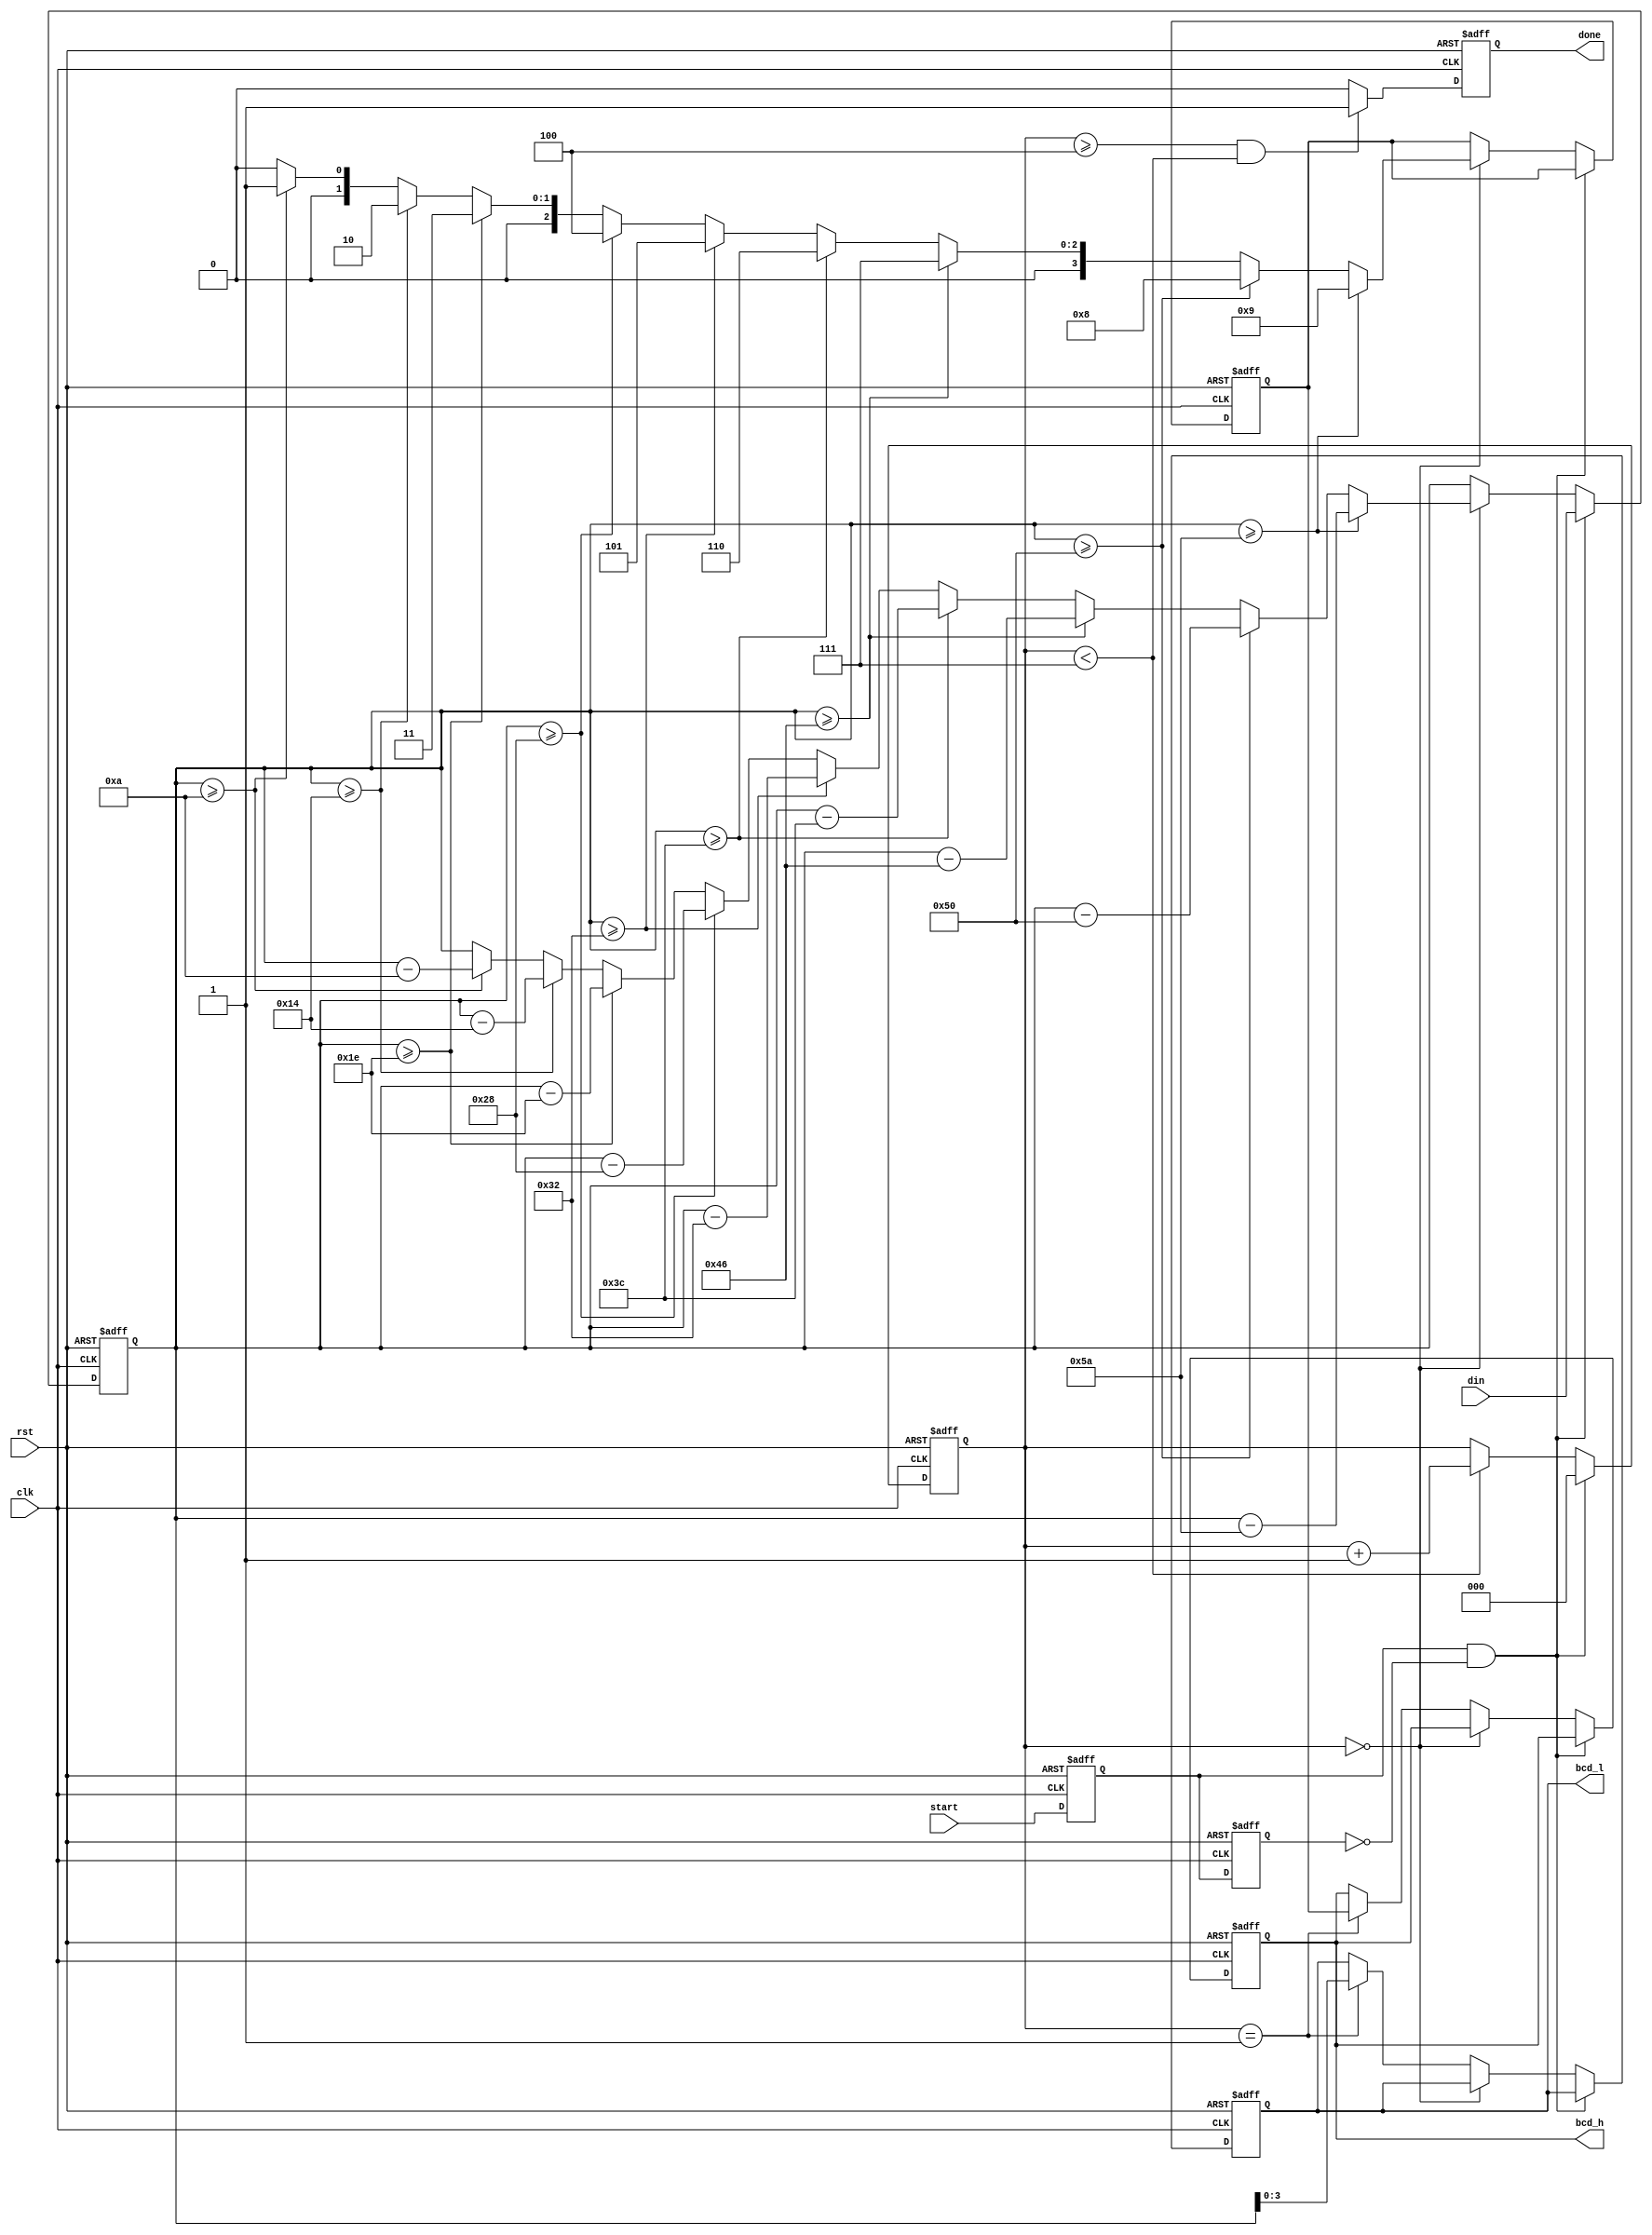
module hex2bcd(
    input rst,clk,
    input start,
    input [6:0] din,
    output reg done,
    output reg [3:0] bcd_h,bcd_l
    );
    
reg st0,st1;
reg [2:0] stcnt;
reg [3:0] bcdh;
reg [6:0] temp;

always@(negedge rst, posedge clk)
begin
    if (rst == 0)
        done <= 0;  
    else 
        if ((stcnt >= 4) & (stcnt < 7))    
            done <= 1;
        else 
            done <= 0;
end

always@(negedge rst, posedge clk)
begin
    if (rst == 0)
        begin
            temp <= 0;  bcdh <= 0;
            bcd_h <= 0; bcd_l <= 0;  
        end
    else 
        begin
            if (st0 & ~st1)         // Rising Edge of START
                temp <= din;
            else if (stcnt == 0)    // Decide 10's Value
            //  bcdh <= 0;
                if      (temp >= 90) begin   bcdh <= 9;  temp <= temp - 90;  end
                else if (temp >= 80) begin   bcdh <= 8;  temp <= temp - 80;  end  
                else if (temp >= 70) begin   bcdh <= 7;  temp <= temp - 70;  end  
                else if (temp >= 60) begin   bcdh <= 6;  temp <= temp - 60;  end  
                else if (temp >= 50) begin   bcdh <= 5;  temp <= temp - 50;  end  
                else if (temp >= 40) begin   bcdh <= 4;  temp <= temp - 40;  end  
                else if (temp >= 30) begin   bcdh <= 3;  temp <= temp - 30;  end  
                else if (temp >= 20) begin   bcdh <= 2;  temp <= temp - 20;  end  
                else if (temp >= 10) begin   bcdh <= 1;  temp <= temp - 10;  end  
                else                         bcdh <= 0;           
            else if (stcnt == 1)    // Decide 1's Value    
                begin 
                    bcd_h <= bcdh;  bcd_l <= temp[3:0]; 
                end
        end
end

always@(negedge rst, posedge clk)
begin
    if (rst == 0)
        begin
            st0 <= 0;  st1 <= 0;  
            stcnt <= 15;       
        end
    else 
        begin
            st0 <= start;   st1 <= st0;
            if (st0 & ~st1)         // Rising Edge of START
                stcnt <= 0;
            else if (stcnt < 7)    
                stcnt <= stcnt + 1;
        end
end

endmodule